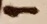
Text: 1